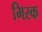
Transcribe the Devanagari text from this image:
मिस्क